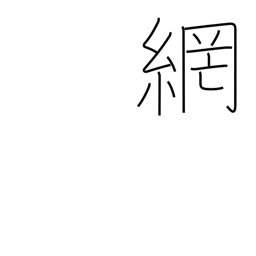
Meaning: network